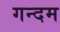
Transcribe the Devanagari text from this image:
गन्दम